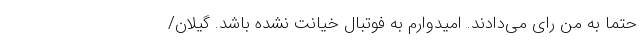
حتما به من رای می‌دادند. امیدوارم به فوتبال خیانت نشده باشد. گیلان/